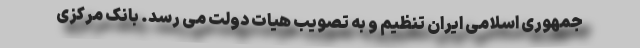
جمهوری اسلامی ایران تنظیم و به تصویب هیات دولت می رسد. بانک مرکزی